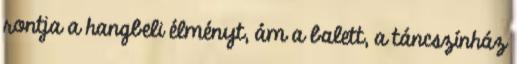
rontja a hangbeli élményt, ám a balett, a táncszínház